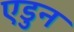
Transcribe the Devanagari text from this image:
एडुन